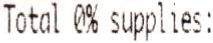
TOTAL 0% SUPPLIES: